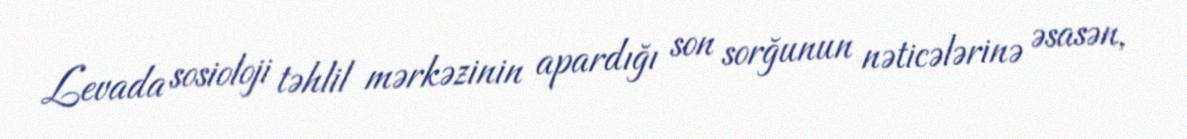
Levada sosioloji təhlil mərkəzinin apardığı son sorğunun nəticələrinə əsasən,